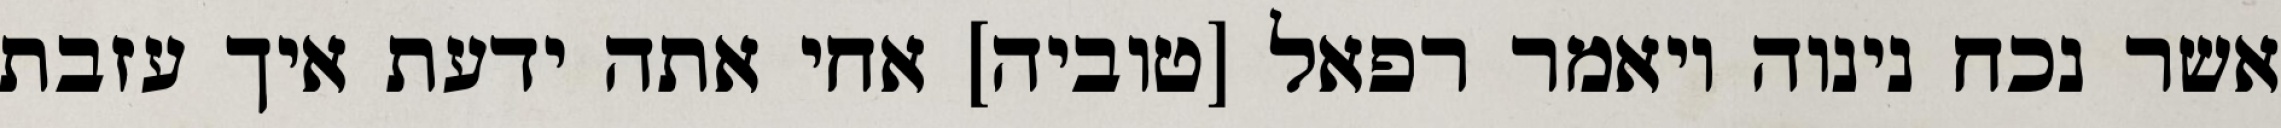
אשר נכח נינוה ויאמר רפאל [טוביה] אחי אתה ידעת איך עזבת